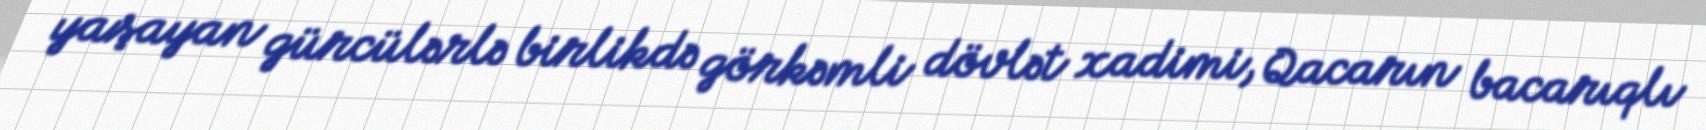
yaşayan gürcülərlə birlikdə görkəmli dövlət xadimi, Qacarın bacarıqlı